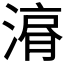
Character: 𱨇